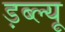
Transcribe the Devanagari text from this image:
ड़ब्ल्यू